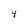
Character: 4